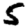
Digit: 5